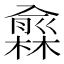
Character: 𠐙